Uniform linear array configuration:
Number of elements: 8
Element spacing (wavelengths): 0.25
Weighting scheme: exponential
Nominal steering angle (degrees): -30
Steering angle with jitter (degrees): -30.421
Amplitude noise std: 0.05
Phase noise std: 0.05

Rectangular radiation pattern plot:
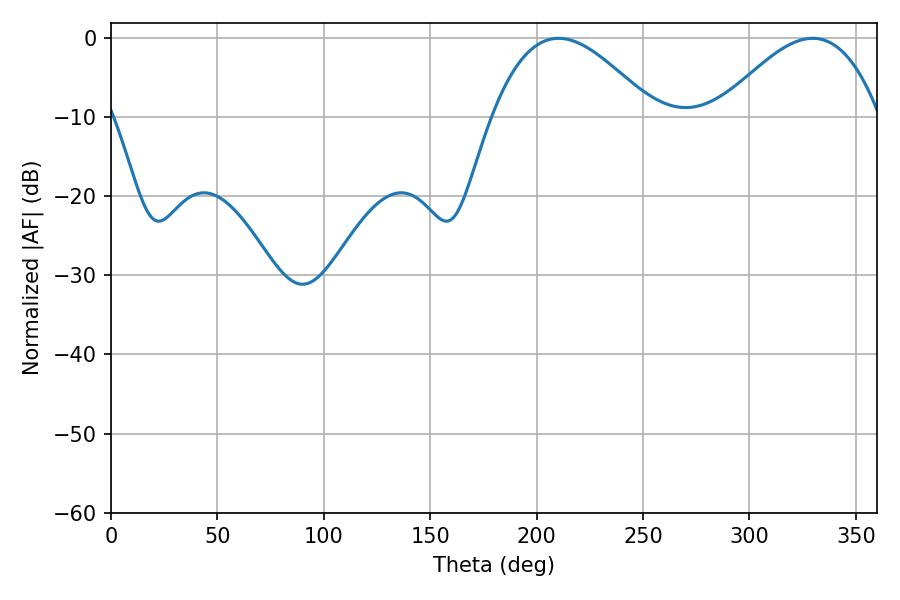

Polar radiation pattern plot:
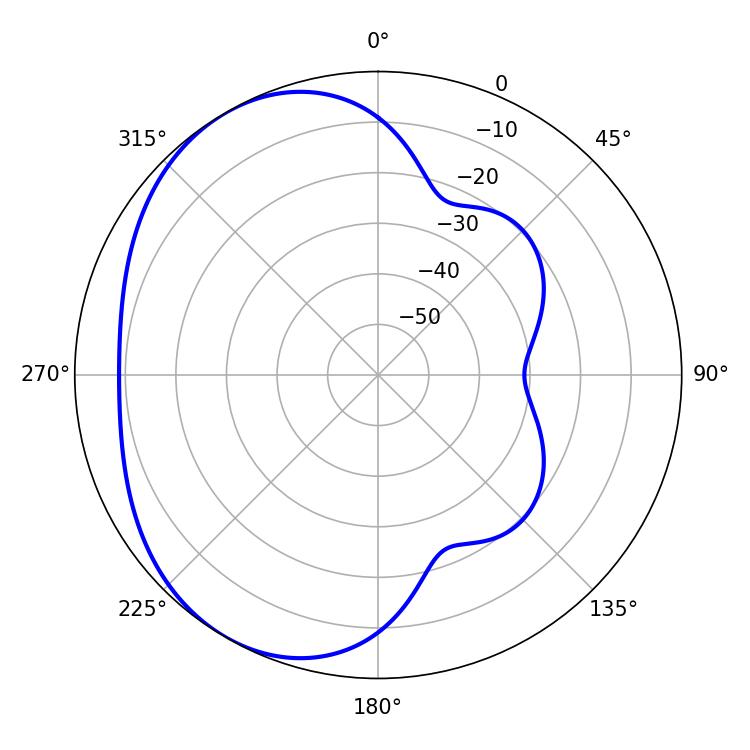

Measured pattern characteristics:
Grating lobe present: FALSE
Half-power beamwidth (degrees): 41.22
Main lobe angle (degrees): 210.24